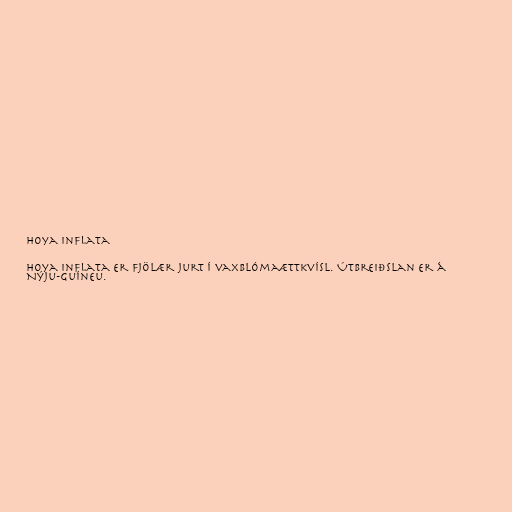
Hoya inflata

Hoya inflata er fjölær jurt í vaxblómaættkvísl. Útbreiðslan er á
Nýju-Guíneu.